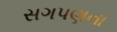
સગપણના